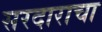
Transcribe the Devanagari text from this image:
सरदाराचा